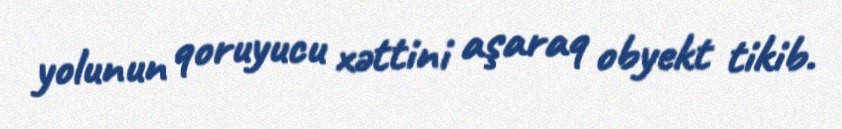
yolunun qoruyucu xəttini aşaraq obyekt tikib.